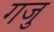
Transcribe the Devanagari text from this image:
गजु